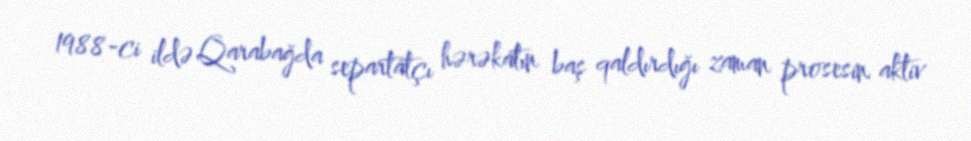
1988-ci ildə Qarabağda separtatçı hərəkatın baş qaldırdığı zaman prosesin aktiv